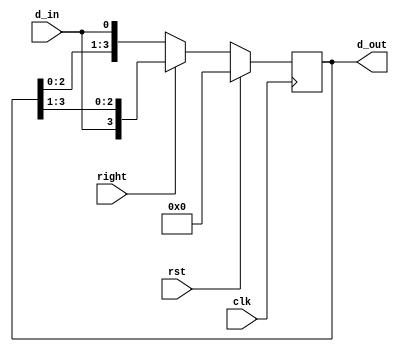
`timescale 1ns / 1ps
//////////////////////////////////////////////////////////////////////////////////
// Company: 
// Engineer: 
// 
// Design Name: 
// Module Name: bi_directional_shift_reg
// Project Name: 
// Target Devices: 
// Tool Versions: 
// Description: 
// 
// Dependencies: 
// 
// Revision:
// Revision 0.01 - File Created
// Additional Comments:
// 
//////////////////////////////////////////////////////////////////////////////////


module bi_directional_shift_reg(
    input d_in,clk,rst,right,
    output  [3:0] d_out
    );
    
     
    reg [3:0] temp_reg;
    assign d_out=temp_reg;
    always@(posedge clk)
      begin
       if(rst)
         temp_reg<=0;
       else if(right)
           temp_reg<={d_in,temp_reg[3:1]};
       else 
           temp_reg<={temp_reg[2:0],d_in};
     end
        
endmodule